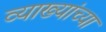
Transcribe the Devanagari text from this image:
व्याख्यांच्या